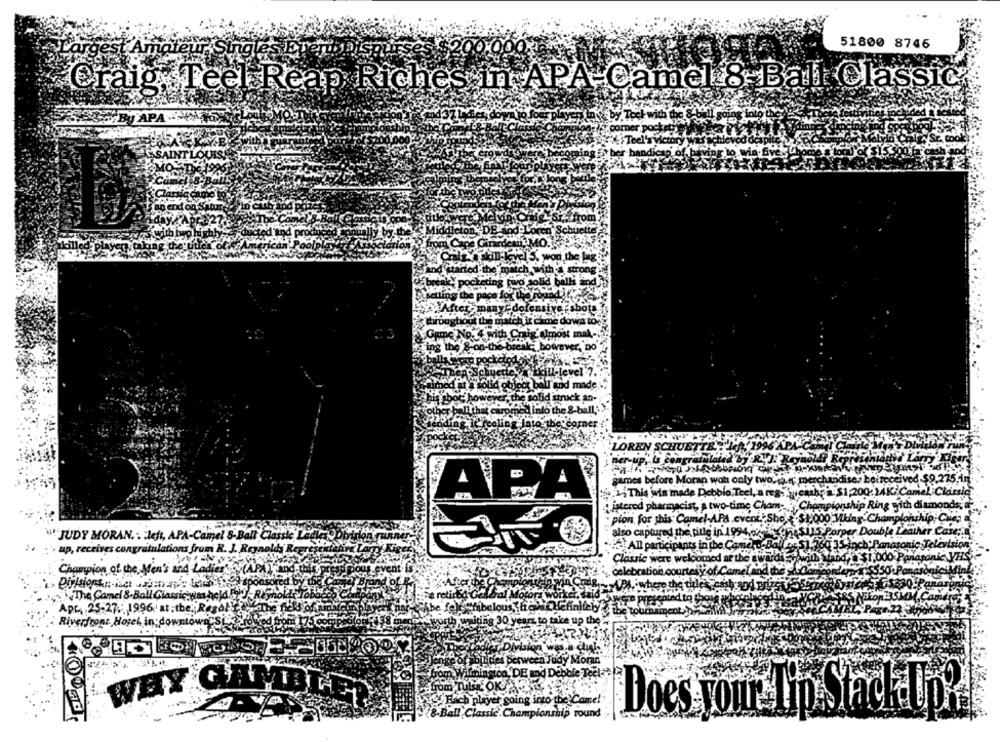
51800 8746
moteur Singl
Craig, Teel Reap Riches in APA-Camel 8 Ball Classic
By APA
ck an-
APA
"JUDY MORAN. : left, APA-Camel 8-Ball Classic Ladies
'- up, receives congratulations from R. J. Reynolds Representa
Champion of the M
's and
The Camel &.Ball Glas
Apc, 25-27. 1996 at.
be Regal
Riverfront Hoy
30 years to t
up the
perween Judy Moran
nington, DE and Debbie Tec
from Tulsa
'ÖK
WHY GAMBLE
player going into the Come!
28-Ball Classic.Championship round
Does Your I'm Stack Up?